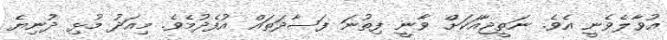
އުވާލެވެނީ އެވެ. ނަތީޖާއަކަށް ވާނީ ފިތުނަ ފަސާދަތައް އުފެދުމެވެ. މިއަދު މުޅި ދުނިޔެ